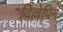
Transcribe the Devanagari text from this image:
विल्लेपिन